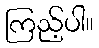
ကြည့်ပါ။